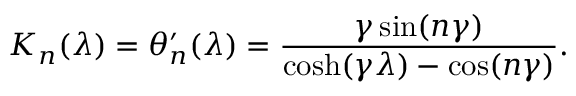
K _ { n } ( \lambda ) = \theta _ { n } ^ { \prime } ( \lambda ) = \frac { \gamma \sin ( n \gamma ) } { \cosh ( \gamma \lambda ) - \cos ( n \gamma ) } .